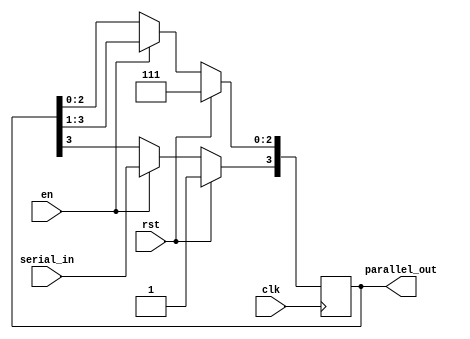
`timescale 1ns / 1ps

module shift_reg_uart #(parameter WIDTH = 4)
                  (input serial_in,
                   input clk,
                   input en,
                   input rst,
                   output reg [WIDTH-1:0] parallel_out);
                   
always@(posedge clk) begin
    if (rst) begin
        parallel_out <= 16'hFFFF;
    end
    else begin
        if (en) begin
            parallel_out <= parallel_out >> 1;
            parallel_out[WIDTH-1] <= serial_in;
        end
        else begin
            parallel_out <= parallel_out;
        end
    end
end


endmodule